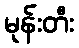
မုန်းတီး